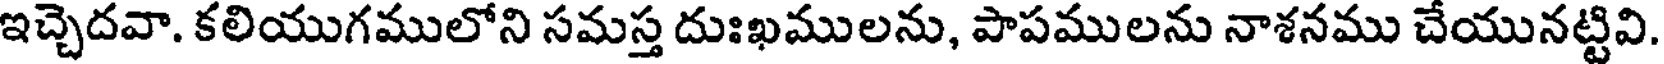
ఇచ్చెదవా. కలియుగములోని సమస్త దుఃఖములను, పాపములను నాశనము చేయునట్టివి